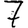
Digit: 7